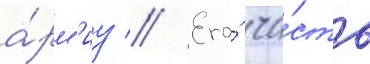
а́рм'иу // Его́ ча́сть